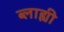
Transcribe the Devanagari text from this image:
ब्लाह्यी